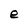
Character: e